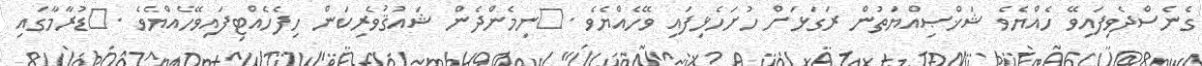
ގެނެސްދެވިފައިިވޭ ހެއްޔެވެ ޝަޚްޞިއްޔަތުން ރަގަޅަށް ހުށަހެޅިފައި ވޭހެއްޔެވެ .	ނިމެންދެން ޝައުޤުވެރިކަން ހިފެހެއްޓިފައިވޭހެއްޔެވެ .	ޑުރާމާގައި